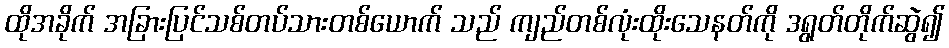
ထိုအခိုက် အခြားပြင်သစ်တပ်သားတစ်ယောက် သည် ကျည်တစ်လုံးထိုးသေနတ်ကို ဒရွတ်တိုက်ဆွဲ၍